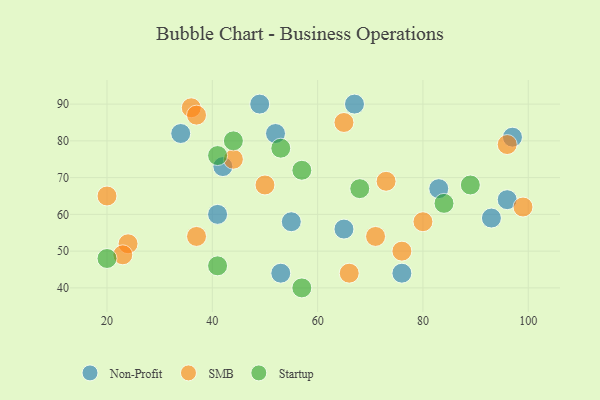
{"axis": {"x": "GDP", "y": "Life Expectancy"}, "legend": ["Non-Profit", "SMB", "Startup"], "data": [{"x": "52", "y": 82, "type": "Non-Profit"}, {"x": "96", "y": 64, "type": "Non-Profit"}, {"x": "41", "y": 60, "type": "Non-Profit"}, {"x": "34", "y": 82, "type": "Non-Profit"}, {"x": "83", "y": 67, "type": "Non-Profit"}, {"x": "55", "y": 58, "type": "Non-Profit"}, {"x": "42", "y": 73, "type": "Non-Profit"}, {"x": "49", "y": 90, "type": "Non-Profit"}, {"x": "93", "y": 59, "type": "Non-Profit"}, {"x": "65", "y": 56, "type": "Non-Profit"}, {"x": "53", "y": 44, "type": "Non-Profit"}, {"x": "67", "y": 90, "type": "Non-Profit"}, {"x": "76", "y": 44, "type": "Non-Profit"}, {"x": "97", "y": 81, "type": "Non-Profit"}, {"x": "24", "y": 52, "type": "SMB"}, {"x": "80", "y": 58, "type": "SMB"}, {"x": "20", "y": 65, "type": "SMB"}, {"x": "96", "y": 79, "type": "SMB"}, {"x": "65", "y": 85, "type": "SMB"}, {"x": "66", "y": 44, "type": "SMB"}, {"x": "76", "y": 50, "type": "SMB"}, {"x": "36", "y": 89, "type": "SMB"}, {"x": "99", "y": 62, "type": "SMB"}, {"x": "50", "y": 68, "type": "SMB"}, {"x": "37", "y": 54, "type": "SMB"}, {"x": "23", "y": 49, "type": "SMB"}, {"x": "71", "y": 54, "type": "SMB"}, {"x": "37", "y": 87, "type": "SMB"}, {"x": "44", "y": 75, "type": "SMB"}, {"x": "73", "y": 69, "type": "SMB"}, {"x": "84", "y": 63, "type": "Startup"}, {"x": "89", "y": 68, "type": "Startup"}, {"x": "41", "y": 46, "type": "Startup"}, {"x": "57", "y": 72, "type": "Startup"}, {"x": "41", "y": 76, "type": "Startup"}, {"x": "57", "y": 40, "type": "Startup"}, {"x": "44", "y": 80, "type": "Startup"}, {"x": "68", "y": 67, "type": "Startup"}, {"x": "53", "y": 78, "type": "Startup"}, {"x": "20", "y": 48, "type": "Startup"}]}